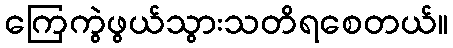
ကြေကွဲဖွယ်သွားသတိရစေတယ်။